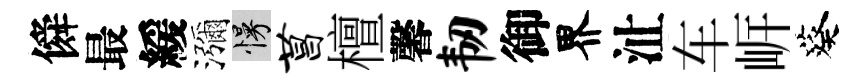
僢最緩瀰慢菖檀馨韧御界沚车㟁葵